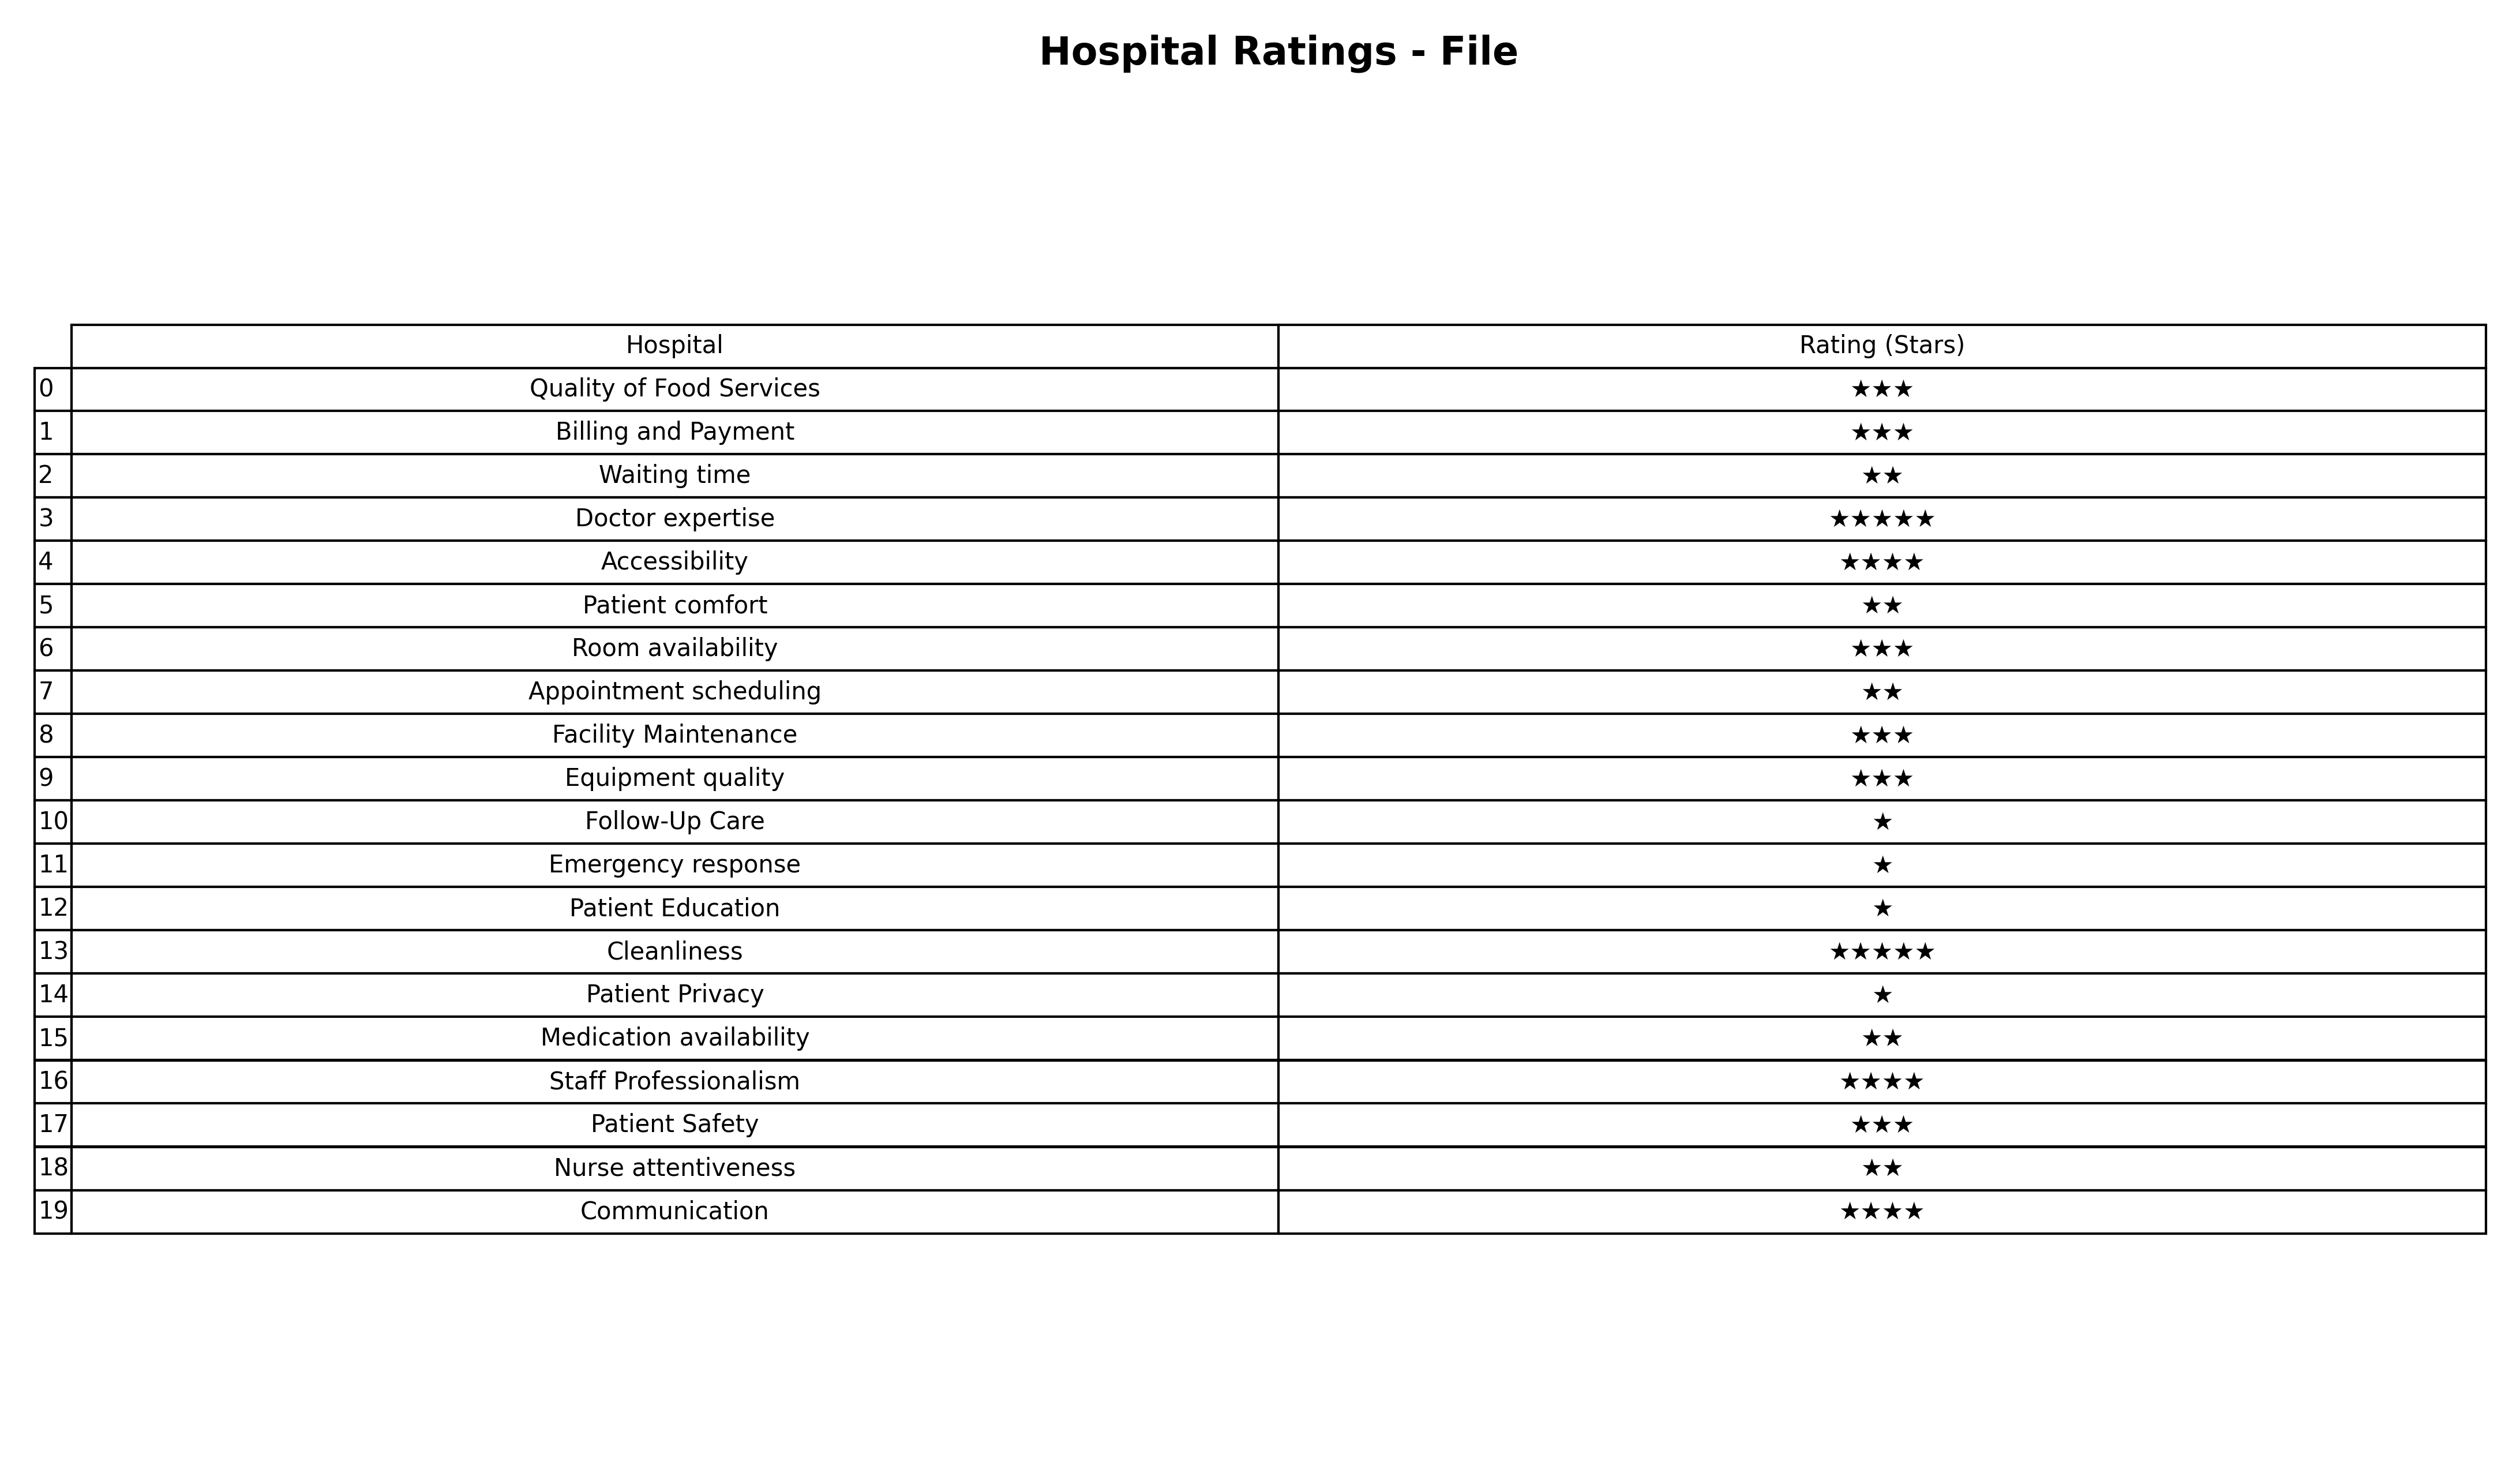
question: What are lowest rating services?
answer: Doctor expertiseCleanliness